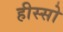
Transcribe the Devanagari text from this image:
हीस्सो